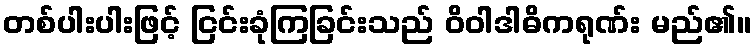
တစ်ပါးပါးဖြင့် ငြင်းခုံကြခြင်းသည် ဝိဝါဒါဓိကရုဏ်း မည်၏။